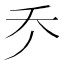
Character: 𠂚